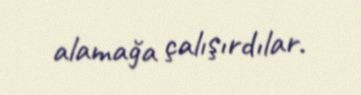
alamağa çalışırdılar.